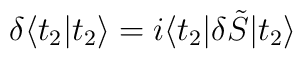
\delta \langle t_2|t_2 \rangle= i\langle t_2|\delta \tilde{S}| t_2\rangle